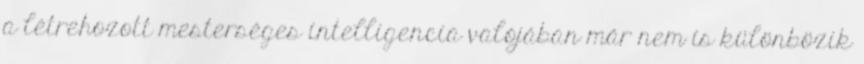
a létrehozott mesterséges intelligencia valójában már nem is különbözik